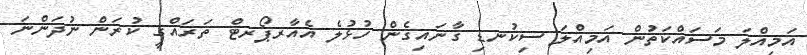
އަމިއްލަ މަސައްކަތުން އަމިއްލަ ސިކުނޑި ގާނައިގެން ހުޅުލެ އެއާރޕޯރޓް ތަރައްގީ ކުރަން ނުދަންނަ